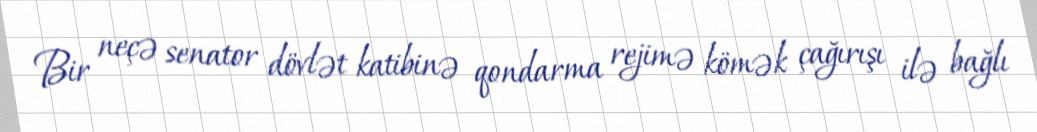
Bir neçə senator dövlət katibinə qondarma rejimə kömək çağırışı ilə bağlı